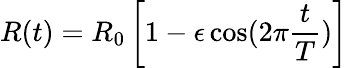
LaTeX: R(t)=R_{0}\left[1-\epsilon\cos(2\pi\frac{t}{T})\right]